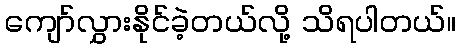
ကျော်လွှားနိုင်ခဲ့တယ်လို့ သိရပါတယ်။